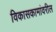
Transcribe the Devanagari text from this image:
विकासकामांवरील